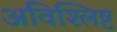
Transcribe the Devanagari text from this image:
अविश्लिष्ट